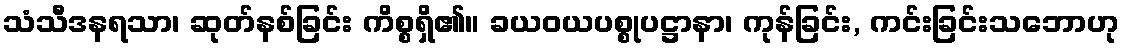
သံသီဒနရသာ၊ ဆုတ်နစ်ခြင်း ကိစ္စရှိ၏။ ခယဝယပစ္စုပဋ္ဌာနာ၊ ကုန်ခြင်း, ကင်းခြင်းသဘောဟု